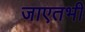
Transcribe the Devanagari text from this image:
जाएतभी